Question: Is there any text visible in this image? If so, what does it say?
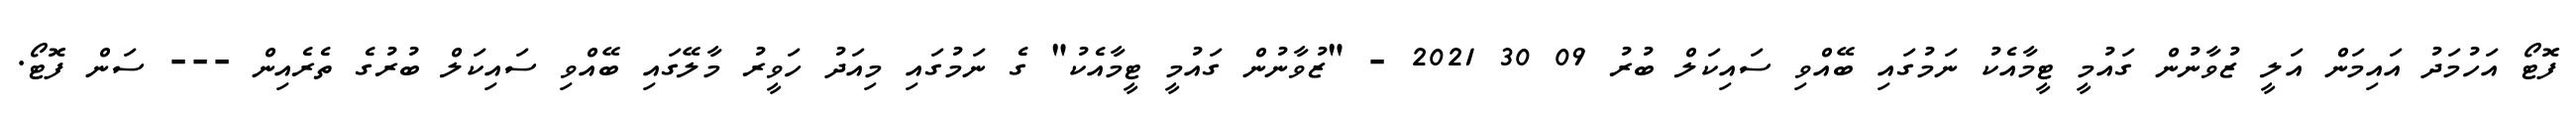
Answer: ފޮޓޯ އަހުމަދު އައިމަން އަލީ ޒުވާނުން ގައުމީ ޓީމާއެކު ނަމުގައި ބޭއްވި ސައިކަލް ބުރު 09 30 2021 - "ޒުވާނުން ގައުމީ ޓީމާއެކު" ގެ ނަމުގައި މިއަދު ހަވީރު މާލޭގައި ބޭއްވި ސައިކަލް ބުރުގެ ތެރެއިން --- ސަން ފޮޓޯ.